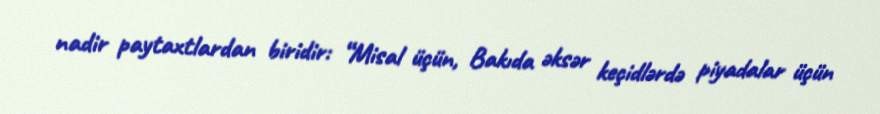
nadir paytaxtlardan biridir: “Misal üçün, Bakıda əksər keçidlərdə piyadalar üçün